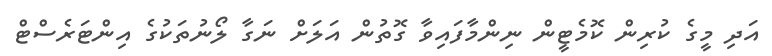
އަދި މީގެ ކުރިން ކޮމެޓީން ނިންމާފައިވާ ގޮތުން އަލަށް ނަގާ ލޯނުތަކުގެ އިންޓަރެސްޓް